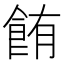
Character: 𫗏